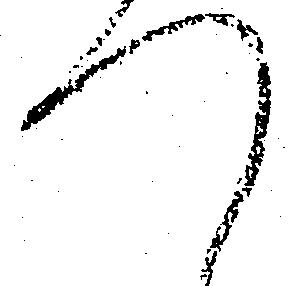
つ